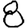
Digit: 8